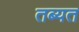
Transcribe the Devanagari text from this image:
तब्यत